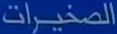
المصغيرات